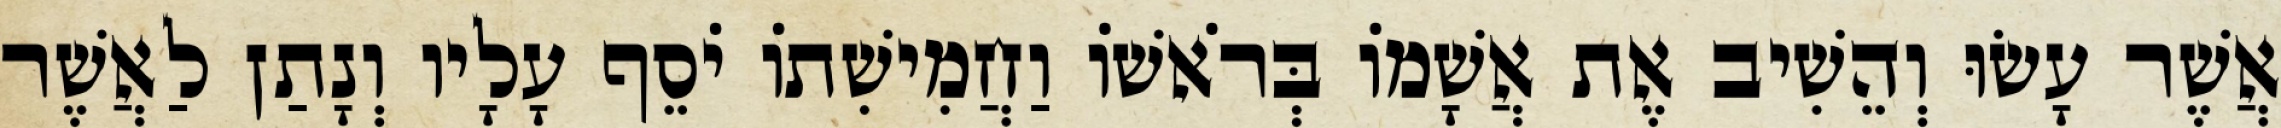
אֲשֶׁר עָשׂוּ וְהֵשִׁיב אֶת אֲשָׁמוֹ בְּרֹאשׁוֹ וַחֲמִישִׁתוֹ יֹסֵף עָלָיו וְנָתַן לַאֲשֶׁר